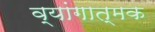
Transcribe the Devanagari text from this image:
व्यांगात्मक